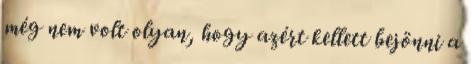
még nem volt olyan, hogy azért kellett bejönni a